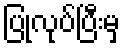
ပြုလုပ်ပြီးမှ